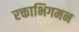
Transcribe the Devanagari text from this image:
रक्ताभिगमन